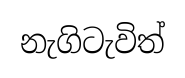
නැගිටැවිත්